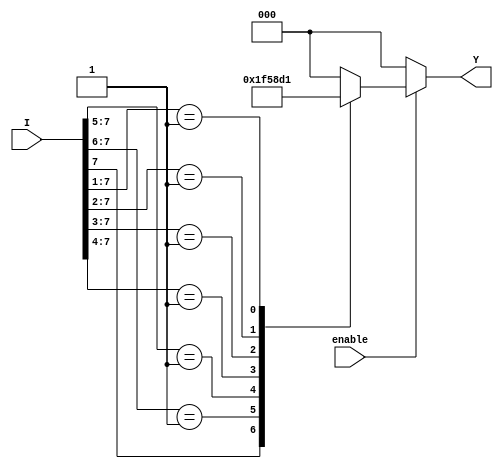
module encoder_8to3 (
    input wire [7:0] I,    // 8 input lines
    input wire enable,      // Enable input
    output reg [2:0] Y     // 3-bit output
);

// Always block to implement combinational logic
always @(*) begin
    if (!enable) begin
        Y = 3'b000; // Default state when enable is low
    end else begin
        casez (I) // Using casez to handle don't care conditions
            8'b1???????: Y = 3'b111; // I7 active
            8'b01??????: Y = 3'b110; // I6 active
            8'b001?????: Y = 3'b101; // I5 active
            8'b0001????: Y = 3'b100; // I4 active
            8'b00001???: Y = 3'b011; // I3 active
            8'b000001??: Y = 3'b010; // I2 active
            8'b0000001?: Y = 3'b001; // I1 active
            8'b00000001: Y = 3'b000; // I0 active
            default:     Y = 3'b000; // All inputs inactive
        endcase
    end
end

endmodule